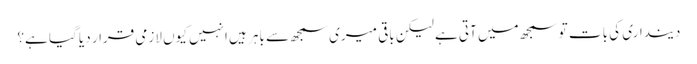
دینداری کی بات تو سمجھ میں آتی ہے لیکن باقی میری سمجھ سے باہر ہیں انہیں کیوں لازمی قرار دیا گیا ہے؟